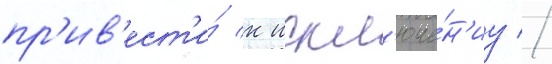
пр'ив'ест'и́ к искл'юче́н'иу //